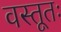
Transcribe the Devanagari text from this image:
वस्तूतः